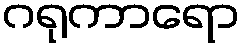
ဂရုကာရော